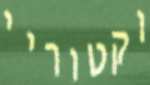
וקטוריי